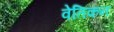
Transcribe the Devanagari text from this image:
वेतिकन